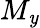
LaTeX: M_{\mathit{y}}